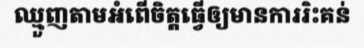
ឈ្មួញតាមអំពើចិត្តធ្វើឲ្យមានការរិះគន់